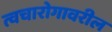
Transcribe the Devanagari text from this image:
त्वचारोगावरील